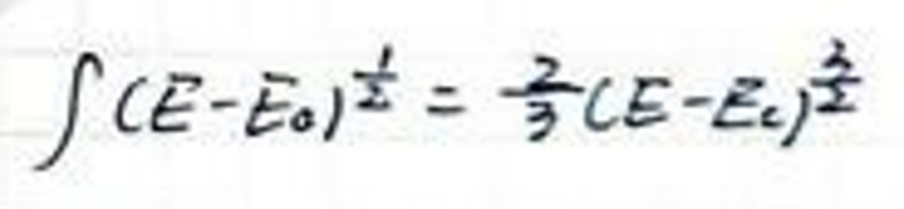
\(\int ( E - E _ { 0 } ) ^ { \frac { 1 } { 2 } } = \frac { 2 } { 3 } ( E - E _ { 2 } ) ^ { \frac { 3 } { 2 } }\)